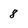
Character: 8